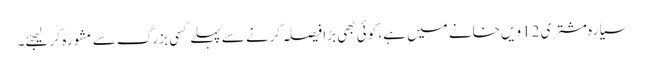
سیارہ مشتری 12ویں خانے میں ہے، کوئی بھی بڑا فیصلہ کرنے سے پہلے کسی بزرگ سے مشورہ کر لیجئے۔